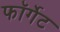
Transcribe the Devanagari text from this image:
फॉर्गेट